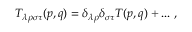
T _ { \lambda \rho \sigma \tau } ( p , q ) = \delta _ { \lambda \rho } \delta _ { \sigma \tau } T ( p , q ) + . . . ~ ,